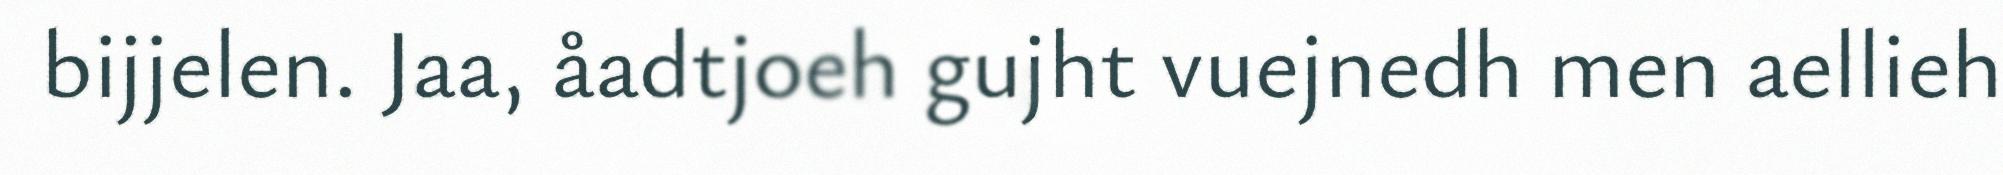
bijjelen. Jaa, åadtjoeh gujht vuejnedh men aellieh